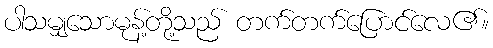
ပါသမျှသောမုန့်တို့သည် တက်တက်ပြောင်လေ၏။